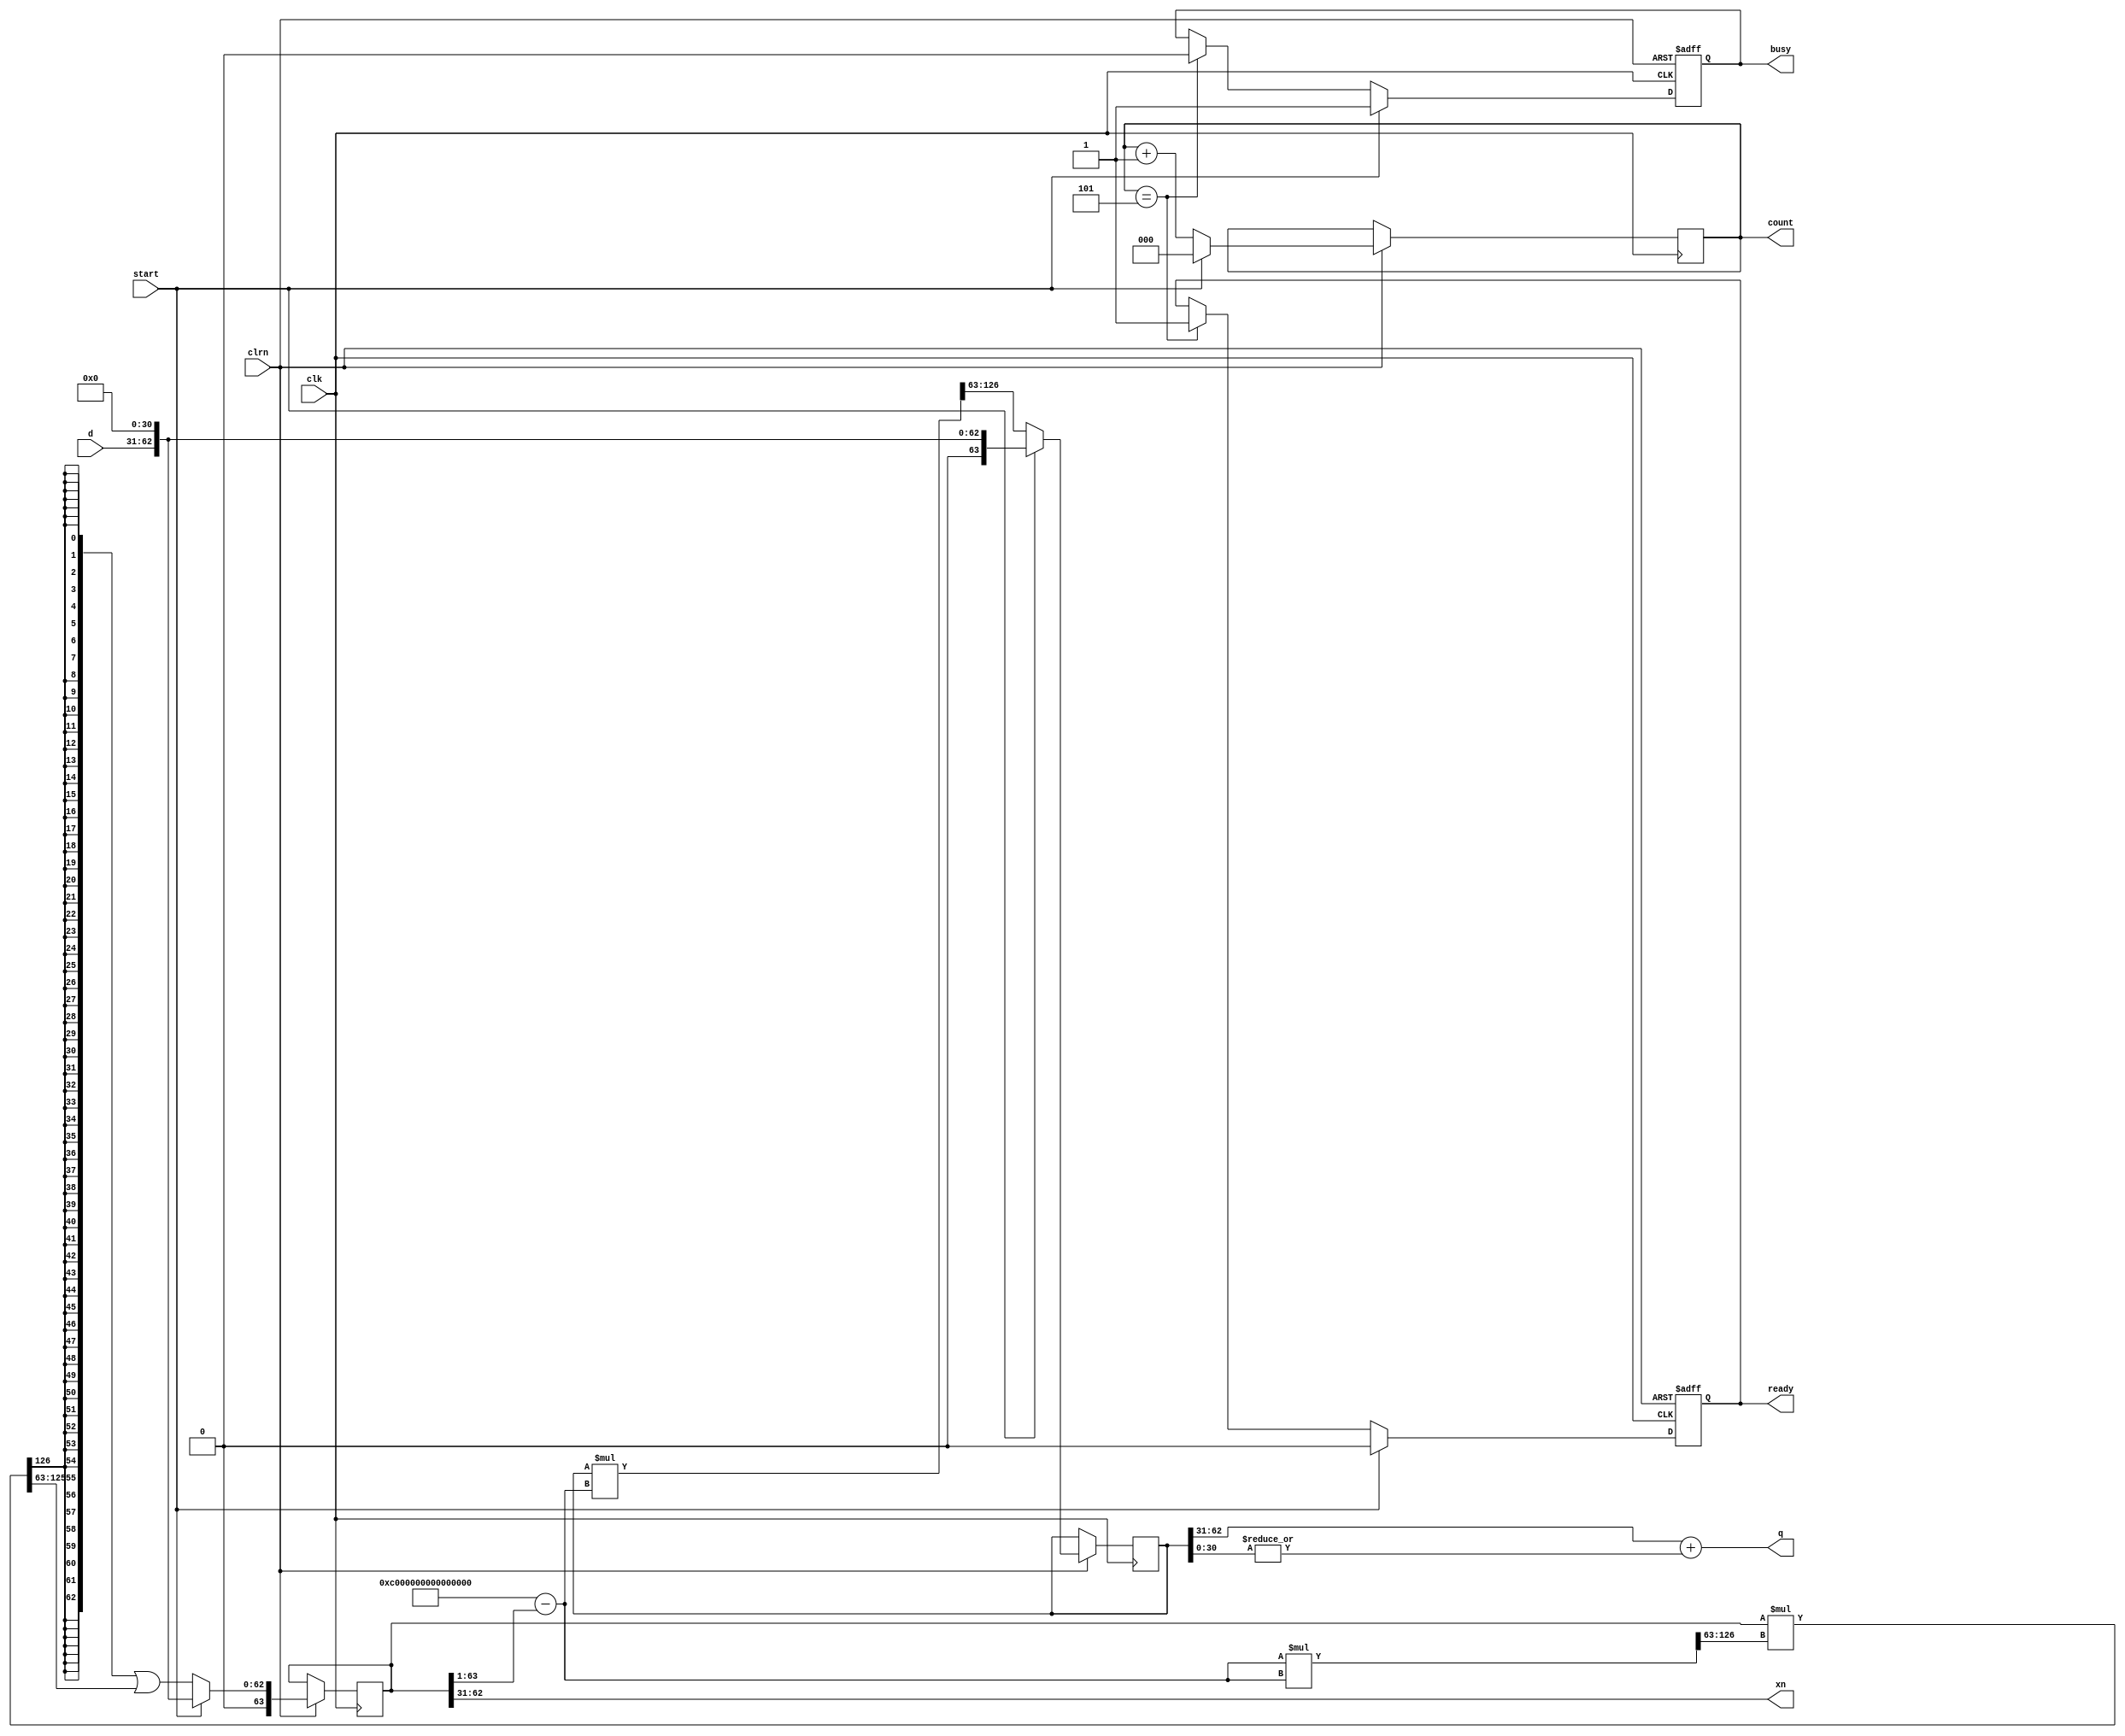
/************************************************
  The Verilog HDL code example is from the book
  Computer Principles and Design in Verilog HDL
  by Yamin Li, published by A JOHN WILEY & SONS
************************************************/
module root_goldschmidt (d,start,clk,clrn,q,busy,ready,count,xn);
    input  [31:0] d;                                       // radicand:
    input         start;                                   //       .1xx...x
    input         clk, clrn;                               //   or: .01x...x
    output [31:0] q;                                       // root: .1xx...x
    output reg    busy;                                    // busy
    output reg    ready;                                   // ready
    output  [2:0] count;                                   // counter
    output [31:0] xn;                                      // 0.1111...1
    reg    [63:0] reg_d;                                   // 0.1xx or 0.01x
    reg    [63:0] reg_x;                                   // 0.1xx or 0.01x
    reg     [2:0] count;
    wire   [63:0] ri  = 64'hc000000000000000 -             // 1+(1-xi)/2 =
                        {1'b0,reg_x[63:1]};                // (3-xi)/2  1.xx
    wire  [127:0] ci  = ri    * ri;                        // ri*ri    0x.xx
    wire  [127:0] dr1 = reg_d * ri;                        // d*ri     0x.xx
    wire  [127:0] xr2 = reg_x * ci[126:63];                // x*ci     0x.xx
    wire   [63:0] xi  = {1'b0,{63{xr2[126]}}|xr2[125:63]}; // let xi<1  0.xx
    assign        q   = reg_d[62:31] + | reg_d[30:0];      // rounding up
    assign        xn  = reg_x[62:31];
    always @ (posedge clk or negedge clrn) begin
        if (!clrn) begin
            busy  <= 0;
            ready <= 0;
        end else begin
            if (start) begin
                reg_d <= {1'b0,d,31'b0};                   // 0.1xx...x0. or
                reg_x <= {1'b0,d,31'b0};                   // 0.01x...x0...0
                busy  <= 1;
                ready <= 0;
                count <= 0;
            end else begin
                reg_d <= dr1[126:63];                      // x.xxx...x
                reg_x <= xi;                               // 0.xxx...x
                count <= count + 3'b1;                     // count++
                if (count == 3'h5) begin                   // finish
                    busy  <= 0;
                    ready <= 1;                            // q is ready
                end
            end
        end
    end
endmodule